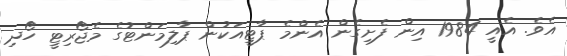
އެވެ. އެއީ 1984 އިން ފެށިގެން އެންމެ ޕާޓީއަކުން ޕާލިމަންޓުގެ މެޖޯރިޓީ ހޯދި